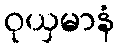
ဝုယှမာနံ